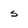
Character: s